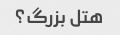
هتل بزرگ؟